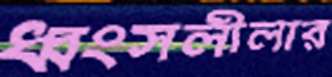
ধ্বংসলীলার